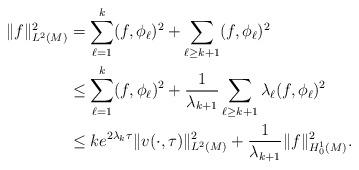
LaTeX: \begin{align*}\|f\|_{L^2(M)}^2 &= \sum_{\ell =1}^k(f,\phi_\ell )^2+\sum_{\ell \ge k+1}(f,\phi_\ell )^2\\&\le \sum_{\ell =1}^k(f,\phi_\ell )^2+\frac{1}{\lambda_{k+1}}\sum_{\ell \ge k+1}\lambda_\ell (f,\phi_\ell )^2\\& \le ke^{2\lambda _k\tau}\|v(\cdot ,\tau )\|_{L^2(M)}^2+ \frac{1}{\lambda_{k+1}}\|f\|_{H_0^1(M )}^2.\end{align*}